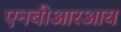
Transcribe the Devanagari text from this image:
एनबीआरआय